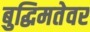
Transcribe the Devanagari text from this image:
बुद्धिमतेवर